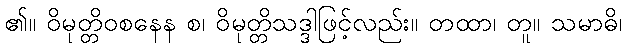
၏။ ဝိမုတ္တိဝစနေန စ၊ ဝိမုတ္တိသဒ္ဒါဖြင့်လည်း။ တထာ၊ တူ။ သမာဓိ၊